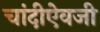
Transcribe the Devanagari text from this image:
चांदीऐवजी